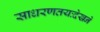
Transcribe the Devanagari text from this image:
साधरणतयःदेखने